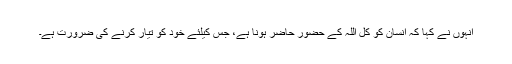
انہوں نے کہا کہ انسان کو کل اللہ کے حضور حاضر ہونا ہے، جس کیلئے خود کو تیار کرنے کی ضرورت ہے۔